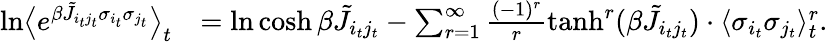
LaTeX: \begin{array}{rl}{\ln\bigl\langle e^{\beta\tilde{J}_{i_{t}j_{t}}\sigma_{i_{t}}\sigma_{j_{t}}}\bigr\rangle_{t}}&{=\ln\cosh\beta\tilde{J}_{i_{t}j_{t}}-\sum_{r=1}^{\infty}\frac{(-1)^{r}}{r}\operatorname{tanh}^{r}(\beta\tilde{J}_{i_{t}j_{t}})\cdot\langle\sigma_{i_{t}}\sigma_{j_{t}}\rangle_{t}^{r}.}\end{array}